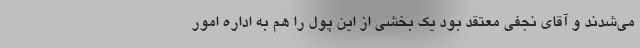
می‌شدند و آقای نجفی معتقد بود یک بخشی از این پول را هم به اداره امور